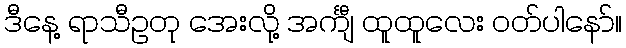
ဒီနေ့ ရာသီဥတု အေးလို့ အင်္ကျီ ထူထူလေး ဝတ်ပါနော်။